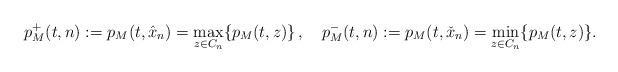
LaTeX: \begin{align*}p^+_M(t,n):=p_M(t,\hat x_n)=\max_{z\in C_n}\{p_M(t,z)\}\,,\quad\mbox{}p^-_M(t,n):=p_M(t,\check x_n)=\min_{z\in C_n}\{p_M(t,z)\}.\end{align*}